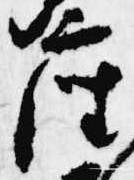
座